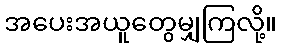
အပေးအယူတွေမျှကြလို့။